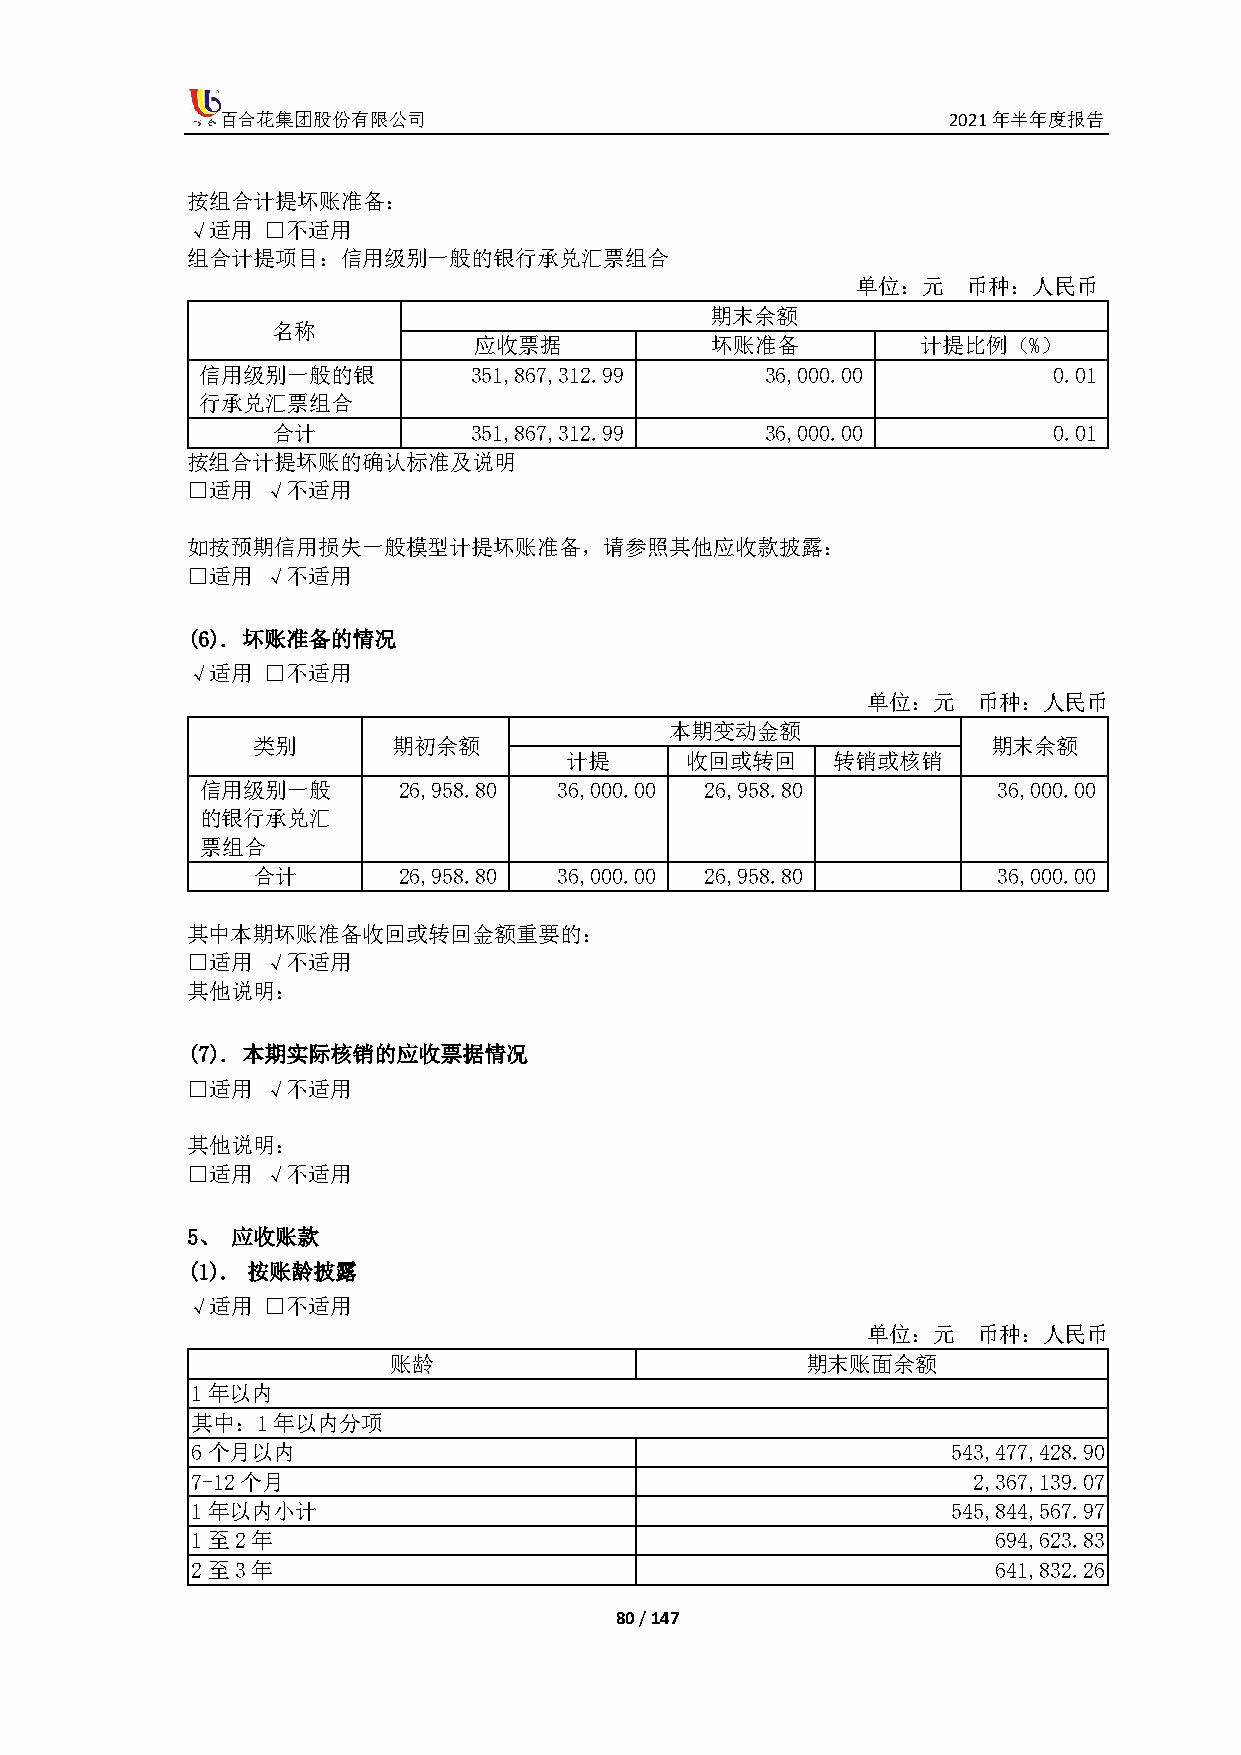
百合花集团股份有限公司                                     2021年半年度报告
 按组合计提坏账准备：
 √适用  □不适用
 组合计提项目：信用级别一般的银行承兑汇票组合
 单位：元   币种：人民币
 期末余额
 名称
 应收票据            坏账准备          计提比例（%）
 信用级别一般的银          351,867,312.99      36,000.00          0.01
 行承兑汇票组合
 合计           351,867,312.99      36,000.00          0.01
 按组合计提坏账的确认标准及说明
 □适用  √不适用
 如按预期信用损失一般模型计提坏账准备，请参照其他应收款披露：
 □适用  √不适用
 (6). 坏账准备的情况
 √适用  □不适用
 单位：元    币种：人民币
 本期变动金额
 类别       期初余额                                    期末余额
 计提      收回或转回     转销或核销
 信用级别一般       26,958.80  36,000.00 26,958.80          36,000.00
 的银行承兑汇
 票组合
 合计       26,958.80  36,000.00 26,958.80          36,000.00
 其中本期坏账准备收回或转回金额重要的：
 □适用  √不适用
 其他说明：
 (7). 本期实际核销的应收票据情况
 □适用  √不适用
 其他说明：
 □适用  √不适用
 5、 应收账款
 (1). 按账龄披露
 √适用  □不适用
 单位：元    币种：人民币
 账龄                         期末账面余额
 1年以内
 其中：1年以内分项
 6个月以内                                             543,477,428.90
 7-12个月                                             2,367,139.07
 1年以内小计                                            545,844,567.97
 1至2年                                                 694,623.83
 2至3年                                                 641,832.26
 80 / 147